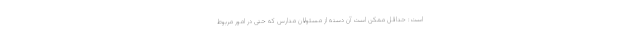
است: حداقل ممکن است آن دسته از مسئولان مدارس که حتی در امور مربوط